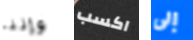
وإننا اكسب إلى